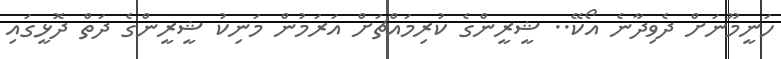
ހަނީމޫނަށް ދެވިދާނެ އޯކޭ.. ޝީރީންގެ ކުރިމައްޗަށް އަރަމުން މަނިކު ޝީރީންގެ ދަތް ދޮޅީގައި